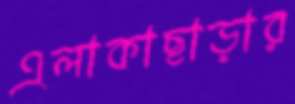
এলাকাছাড়ার